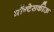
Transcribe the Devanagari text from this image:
मॉन्टेसकीऊ